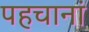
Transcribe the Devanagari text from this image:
पहचानां